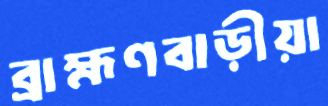
ব্রাহ্মণবাড়ীয়া